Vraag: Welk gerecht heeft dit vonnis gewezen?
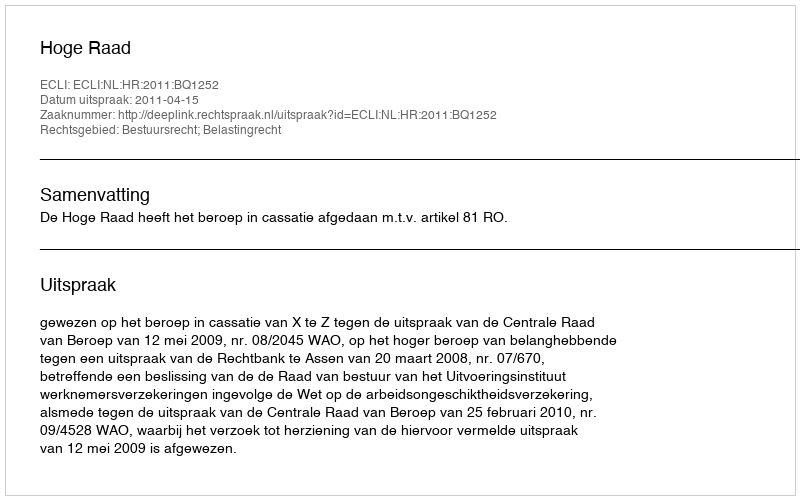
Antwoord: Hoge Raad